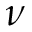
\nu